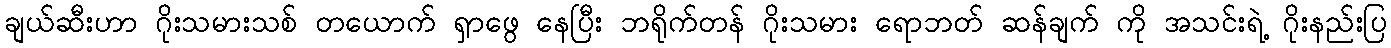
ချယ်ဆီးဟာ ဂိုးသမားသစ် တယောက် ရှာဖွေ နေပြီး ဘရိုက်တန် ဂိုးသမား ရောဘတ် ဆန်ချက် ကို အသင်းရဲ့ ဂိုးနည်းပြ